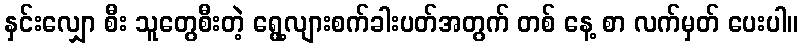
နှင်းလျှော စီး သူတွေစီးတဲ့ ရွေ့လျားစက်ခါးပတ်အတွက် တစ် နေ့ စာ လက်မှတ် ပေးပါ။